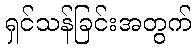
ရှင်သန်ခြင်းအတွက်